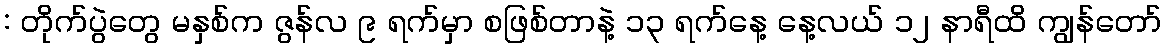
: တိုက်ပွဲတွေ မနှစ်က ဇွန်လ ၉ ရက်မှာ စဖြစ်တာနဲ့ ၁၃ ရက်နေ့ နေ့လယ် ၁၂ နာရီထိ ကျွန်တော်